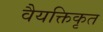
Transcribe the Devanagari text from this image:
वैयक्तिकृत